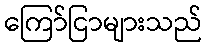
ကြော်ငြာများသည်